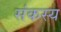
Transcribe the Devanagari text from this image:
संकस्य